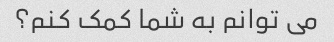
می توانم به شما کمک کنم؟